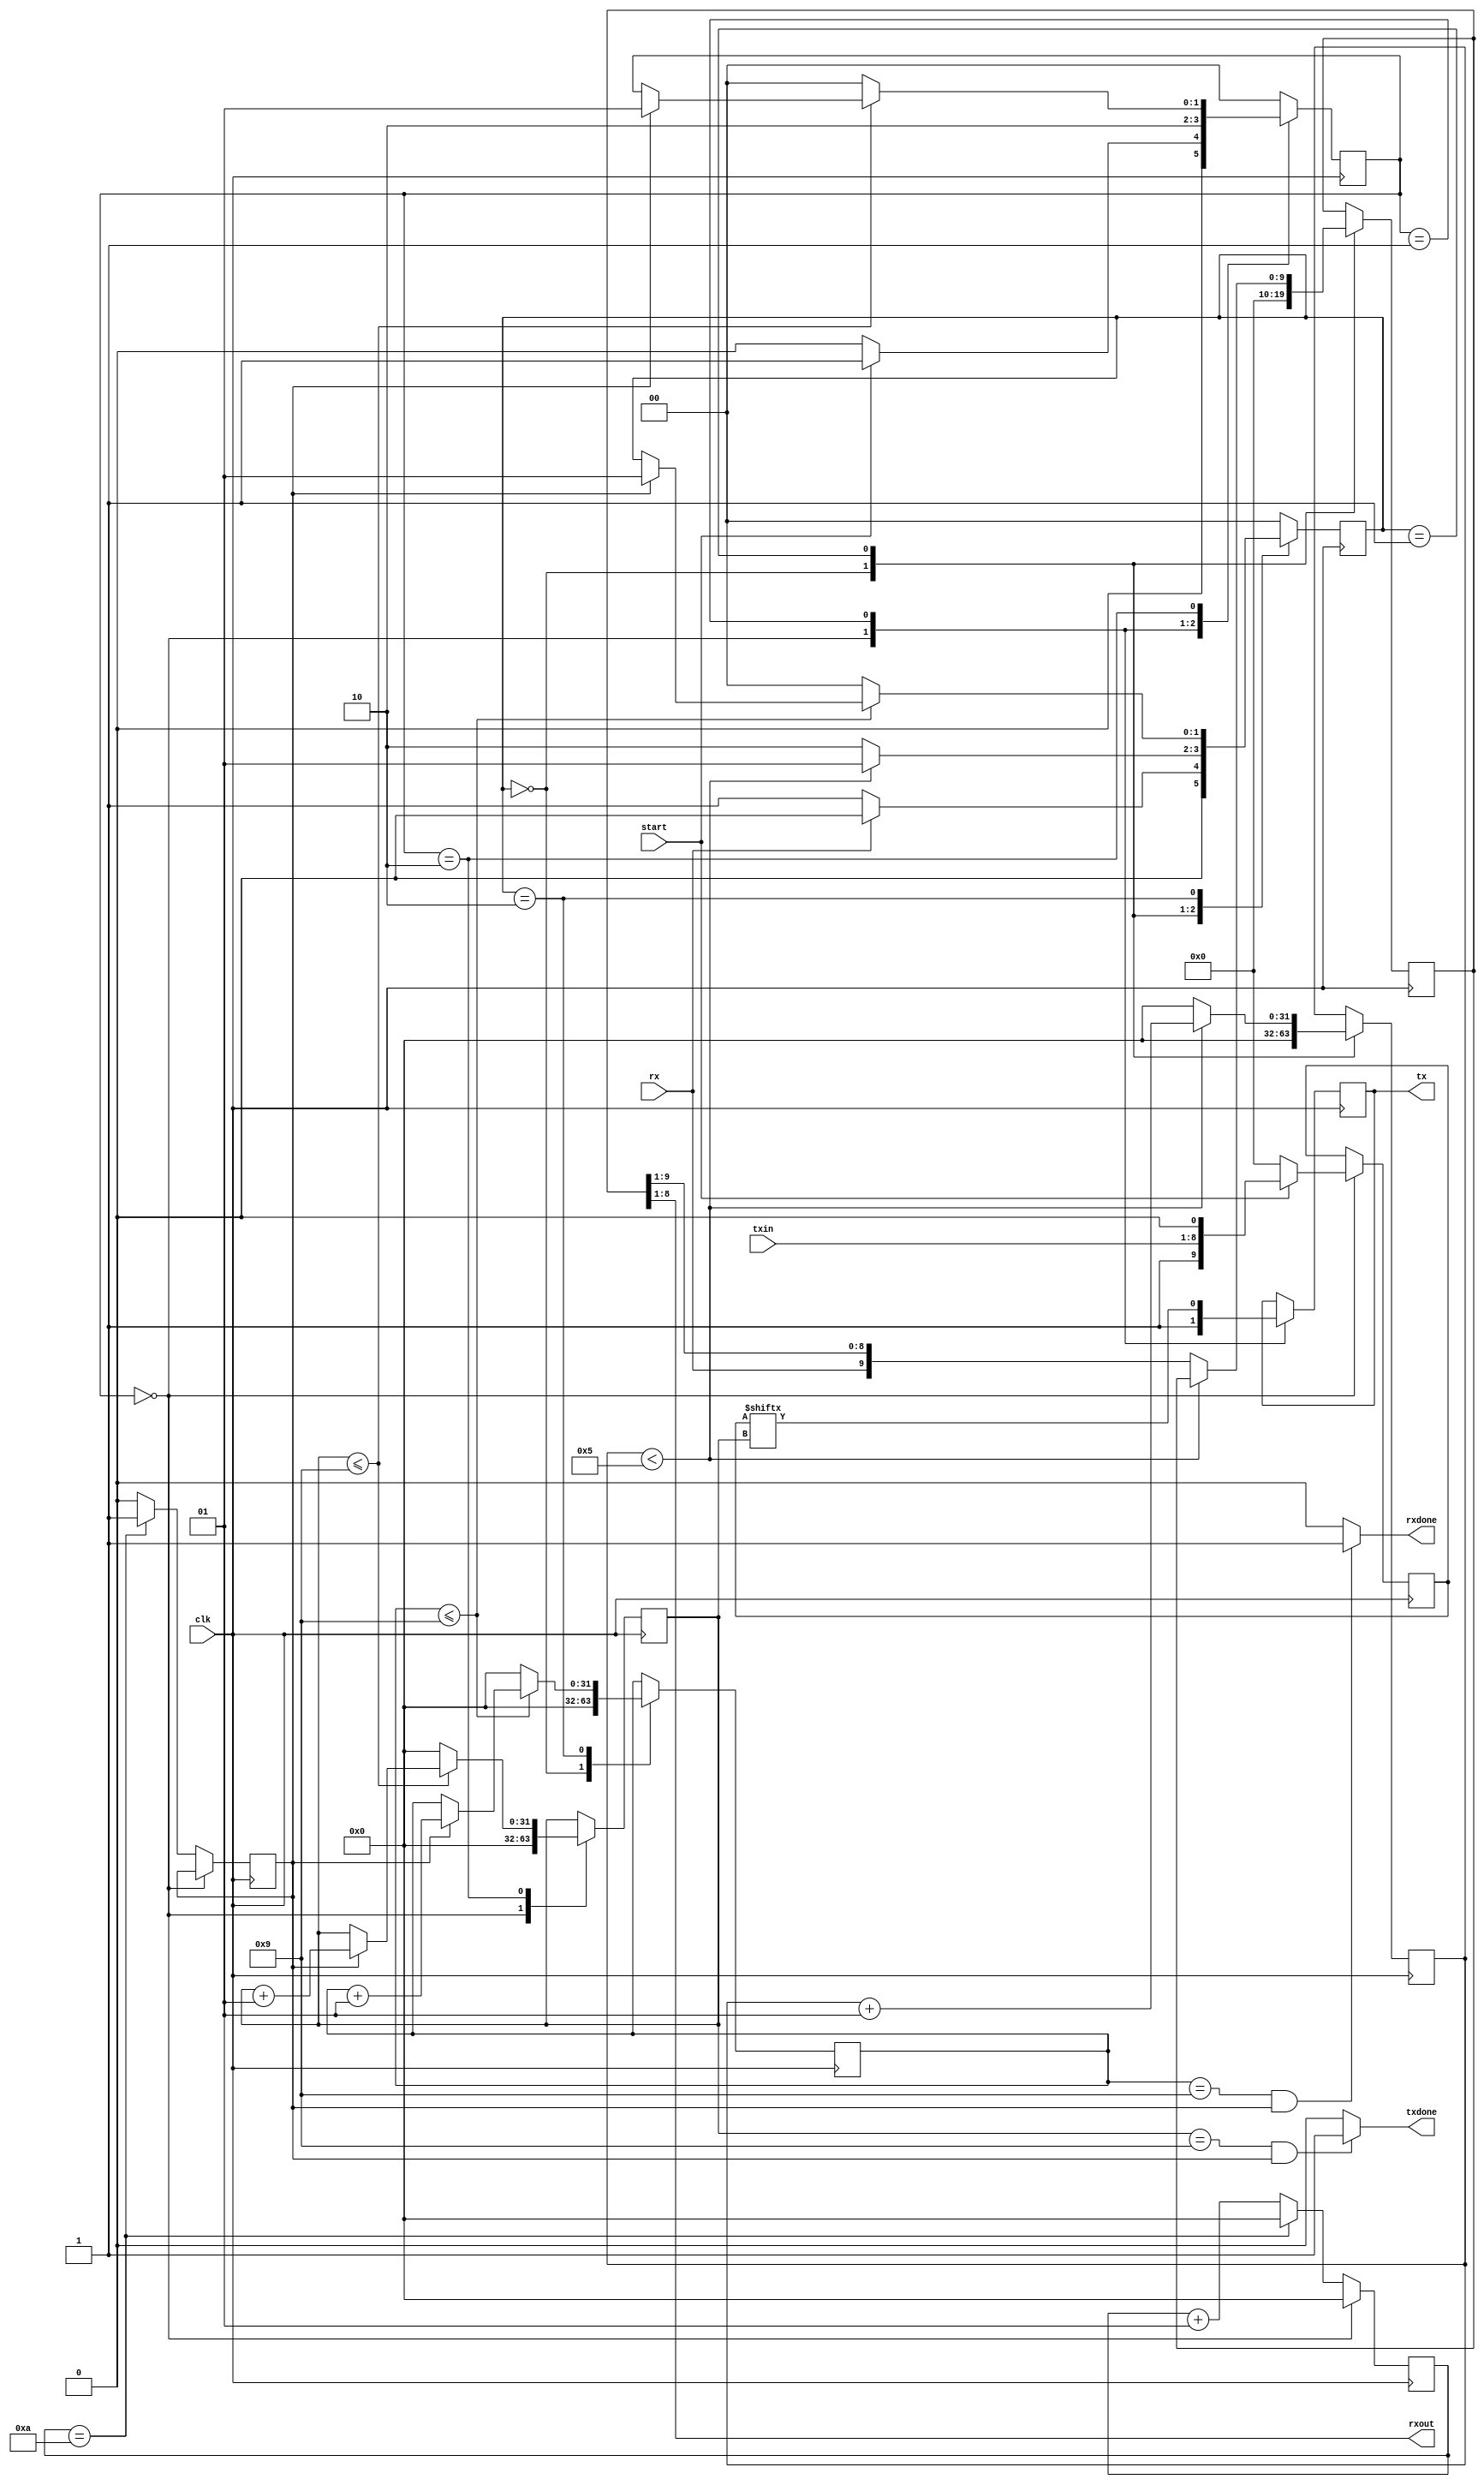
`timescale 1ns / 1ps 
 
module top (
    input clk,
    input start,
    input [7:0] txin,
    output reg tx, 
    input rx,
    output [7:0] rxout,
    output rxdone, txdone
    );
    
 parameter clk_value = 100_000;
 parameter baud = 9600;
 
 parameter wait_count = clk_value / baud;
 
 reg bitDone = 0;
 integer count = 0;
 parameter idle = 0, send = 1, check = 2;
 reg [1:0] state = idle;
 
// Generate Trigger for Baud Rate
 always@(posedge clk)
 begin
  if(state == idle)
    begin 
    count <= 0;
    end
  else begin
    if(count == wait_count)
       begin
        bitDone <= 1'b1;
        count   <= 0;  
       end
    else
       begin
       count   <= count + 1;
       bitDone <= 1'b0;  
      end    
  end
 
 end
 
 // TX Logic
 reg [9:0] txData; //Stop bit data start
 integer bitIndex = 0; //reg [3:0];
 reg [9:0] shifttx = 0;
 
 always@(posedge clk)
 begin
 case (state)
 idle: 
     begin
           tx       <= 1'b1;
           txData   <= 0;
           bitIndex <= 0;
           shifttx  <= 0;
           
            if(start == 1'b1)
              begin
                txData <= {1'b1,txin,1'b0};
                state  <= send;
              end
            else
              begin           
               state <= idle;
              end
     end
 
  send: begin
           tx       <= txData[bitIndex];
           state    <= check;
           shifttx  <= {txData[bitIndex], shifttx[9:1]};
  end 
  
  check: 
  begin
               if(bitIndex <= 9) 
                  begin
                    if(bitDone == 1'b1)
                     begin
                     state <= send;
                     bitIndex <= bitIndex + 1;
                     end
                 end
                else
                begin
                state <= idle;
                bitIndex <= 0;
                end
            end
 
 default: state <= idle;
 
 endcase
 
 end
 
assign txdone = (bitIndex == 9 && bitDone == 1'b1) ? 1'b1 : 1'b0;
 
 
 // RX Logic
 integer rcount = 0;
 integer rindex = 0;
 parameter ridle = 0, rwait = 1, recv = 2, rcheck = 3;
 reg [1:0] rstate;
 reg [9:0] rxdata;
 always@(posedge clk)
 begin
 case(rstate)
 ridle : 
     begin
      rxdata <= 0;
      rindex <= 0;
      rcount <= 0;
        
         if(rx == 1'b0)
          begin
           rstate <= rwait;
          end
         else
           begin
           rstate <= ridle;
           end
     end
     
rwait: 
begin
      if(rcount < wait_count / 2)
         begin
          rcount <= rcount + 1;
          rstate <= rwait;
         end
     else
       begin
          rcount <= 0;
          rstate <= recv;
          rxdata <= {rx,rxdata[9:1]}; 
     end
end
 
recv: 
begin
     if(rindex <= 9) 
      begin
      if(bitDone == 1'b1) 
        begin
        rindex <= rindex + 1;
        rstate <= rwait;
        end
      end
      else
        begin
        rstate <= ridle;
        rindex <= 0;
        end
end
 
default: rstate <= ridle;
 
 endcase
 end
  
assign rxout = rxdata[8:1]; 
assign rxdone = (rindex == 9 && bitDone == 1'b1) ? 1'b1 : 1'b0;
 
 
 endmodule